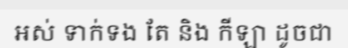
អស់ ទាក់ទង តែ និង កីឡា ដូចជា